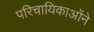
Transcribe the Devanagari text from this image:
परिचायिकाओंने